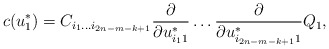
\begin{align*}c(u^*_1)=C_{i_1\ldots i_{2n-m-k+1}}{\partial\over\partial u^*_{i_11}}\ldots{\partial\over\partial u^*_{i_{2n-m-k+1}1}}Q_1,\end{align*}